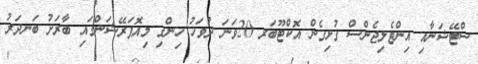
ސްޓޭޝަނާއި އިންޓެލިޖެންސް ގުޅިގެން އޮކްޓޫބަރ 20ވަނަ ދުވަހު ހިންގި މިއޮޕަރޭޝަންގައި ބާރަށު ބަނދަރު